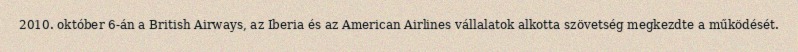
2010. október 6-án a British Airways, az Iberia és az American Airlines vállalatok alkotta szövetség megkezdte a működését.